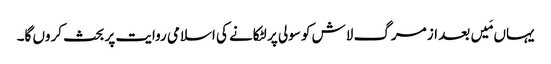
یہاں مَیں بعد از مرگ لاش کو سولی پر لٹکانے کی اسلامی روایت پر بحث کروں گا۔